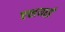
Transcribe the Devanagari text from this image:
एशयाई